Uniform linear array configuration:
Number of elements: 32
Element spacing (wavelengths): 1
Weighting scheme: cosine
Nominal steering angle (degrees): -30
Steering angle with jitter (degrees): -29.877
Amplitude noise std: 0.05
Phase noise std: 0.05

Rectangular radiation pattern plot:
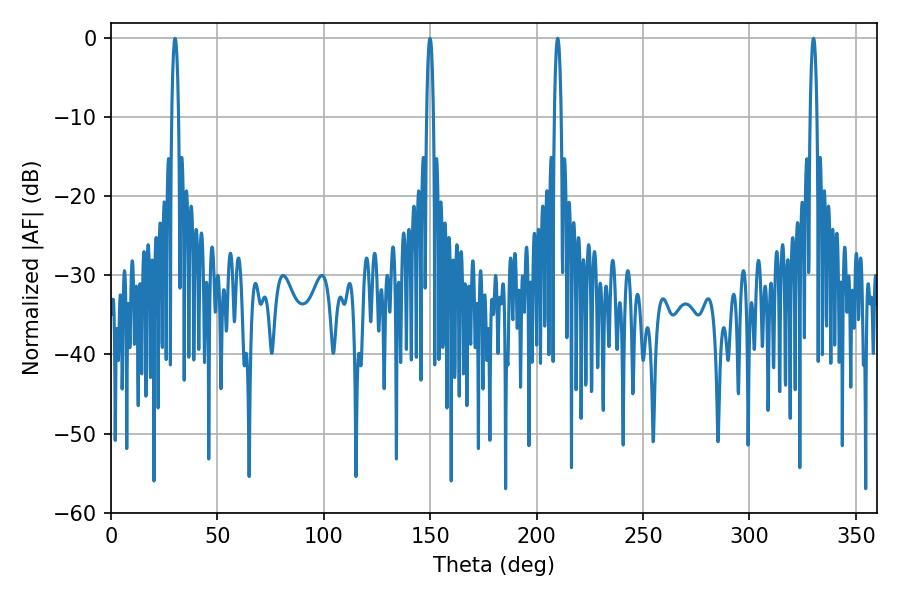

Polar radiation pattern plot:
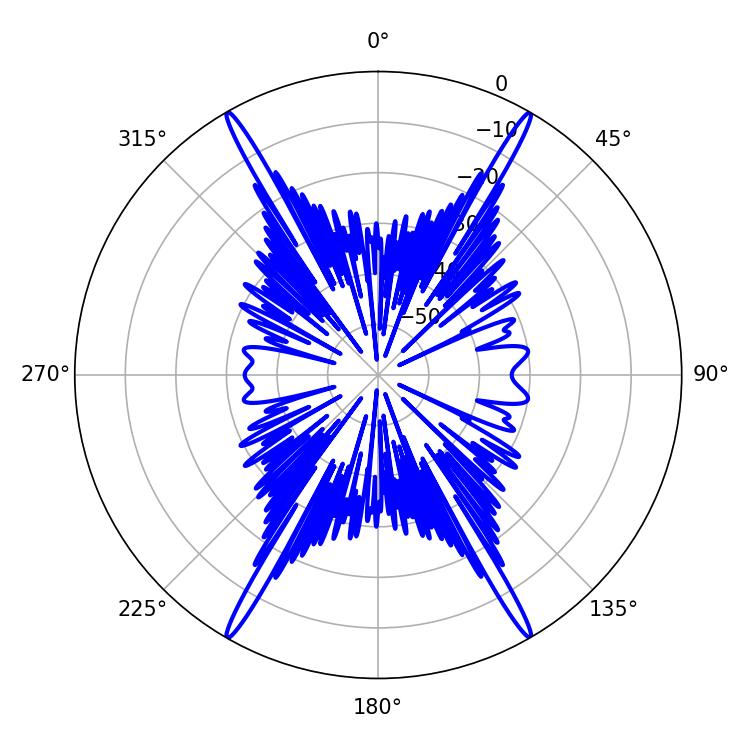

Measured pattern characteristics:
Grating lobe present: TRUE
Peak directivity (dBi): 34.84
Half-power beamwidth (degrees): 1.8
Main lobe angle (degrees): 209.88